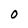
Character: O